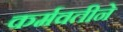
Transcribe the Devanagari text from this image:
कर्मवतीने